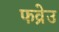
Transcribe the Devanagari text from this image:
फव्रेउ